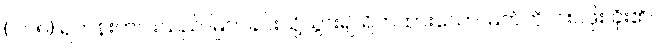
(၁၁၅) ရဟန်းတပါးသည် မြက်ခင်းသို့သွား၍ ရိတ်ထားသော မြက်ကို ငါးပဲဖိုး ခိုး၏။